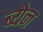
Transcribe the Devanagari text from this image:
ब्येन